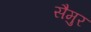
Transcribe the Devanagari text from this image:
सैमुर